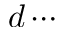
d \cdots